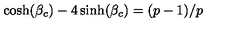
\cosh ( \beta _ { c } ) - 4 \sinh ( \beta _ { c } ) = ( p - 1 ) / p